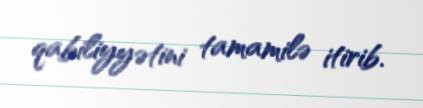
qabiliyyətini tamamilə itirib.